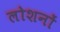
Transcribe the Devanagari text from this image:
लोशनों